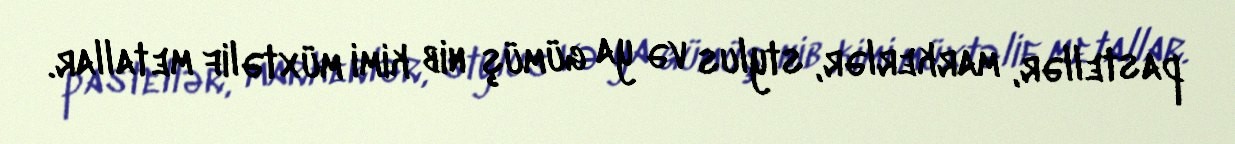
pastellər, markerlər, stylus və ya gümüş nib kimi müxtəlif metallar.